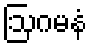
ဩဂမနံ